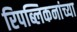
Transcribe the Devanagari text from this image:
रिपब्लिकनांच्या